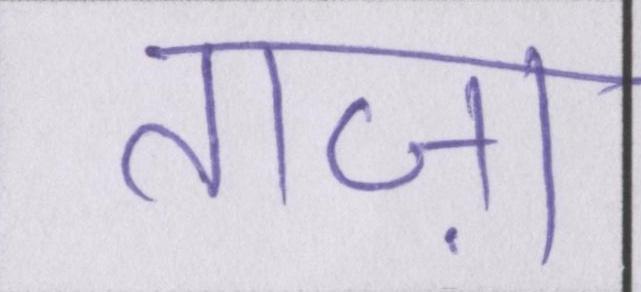
ताज़ा